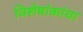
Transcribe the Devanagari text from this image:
विशेषांकांचा